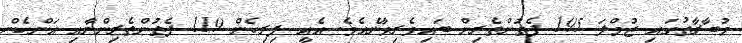
މުބާރާތުގައި ޖުމްލަ 195 ފެތުންތެރިން ބައިވެރިވާނެއެވެ. އެއީ ފިރިހެން 119 ފެތުންތެރިންނާއި އަންހެން